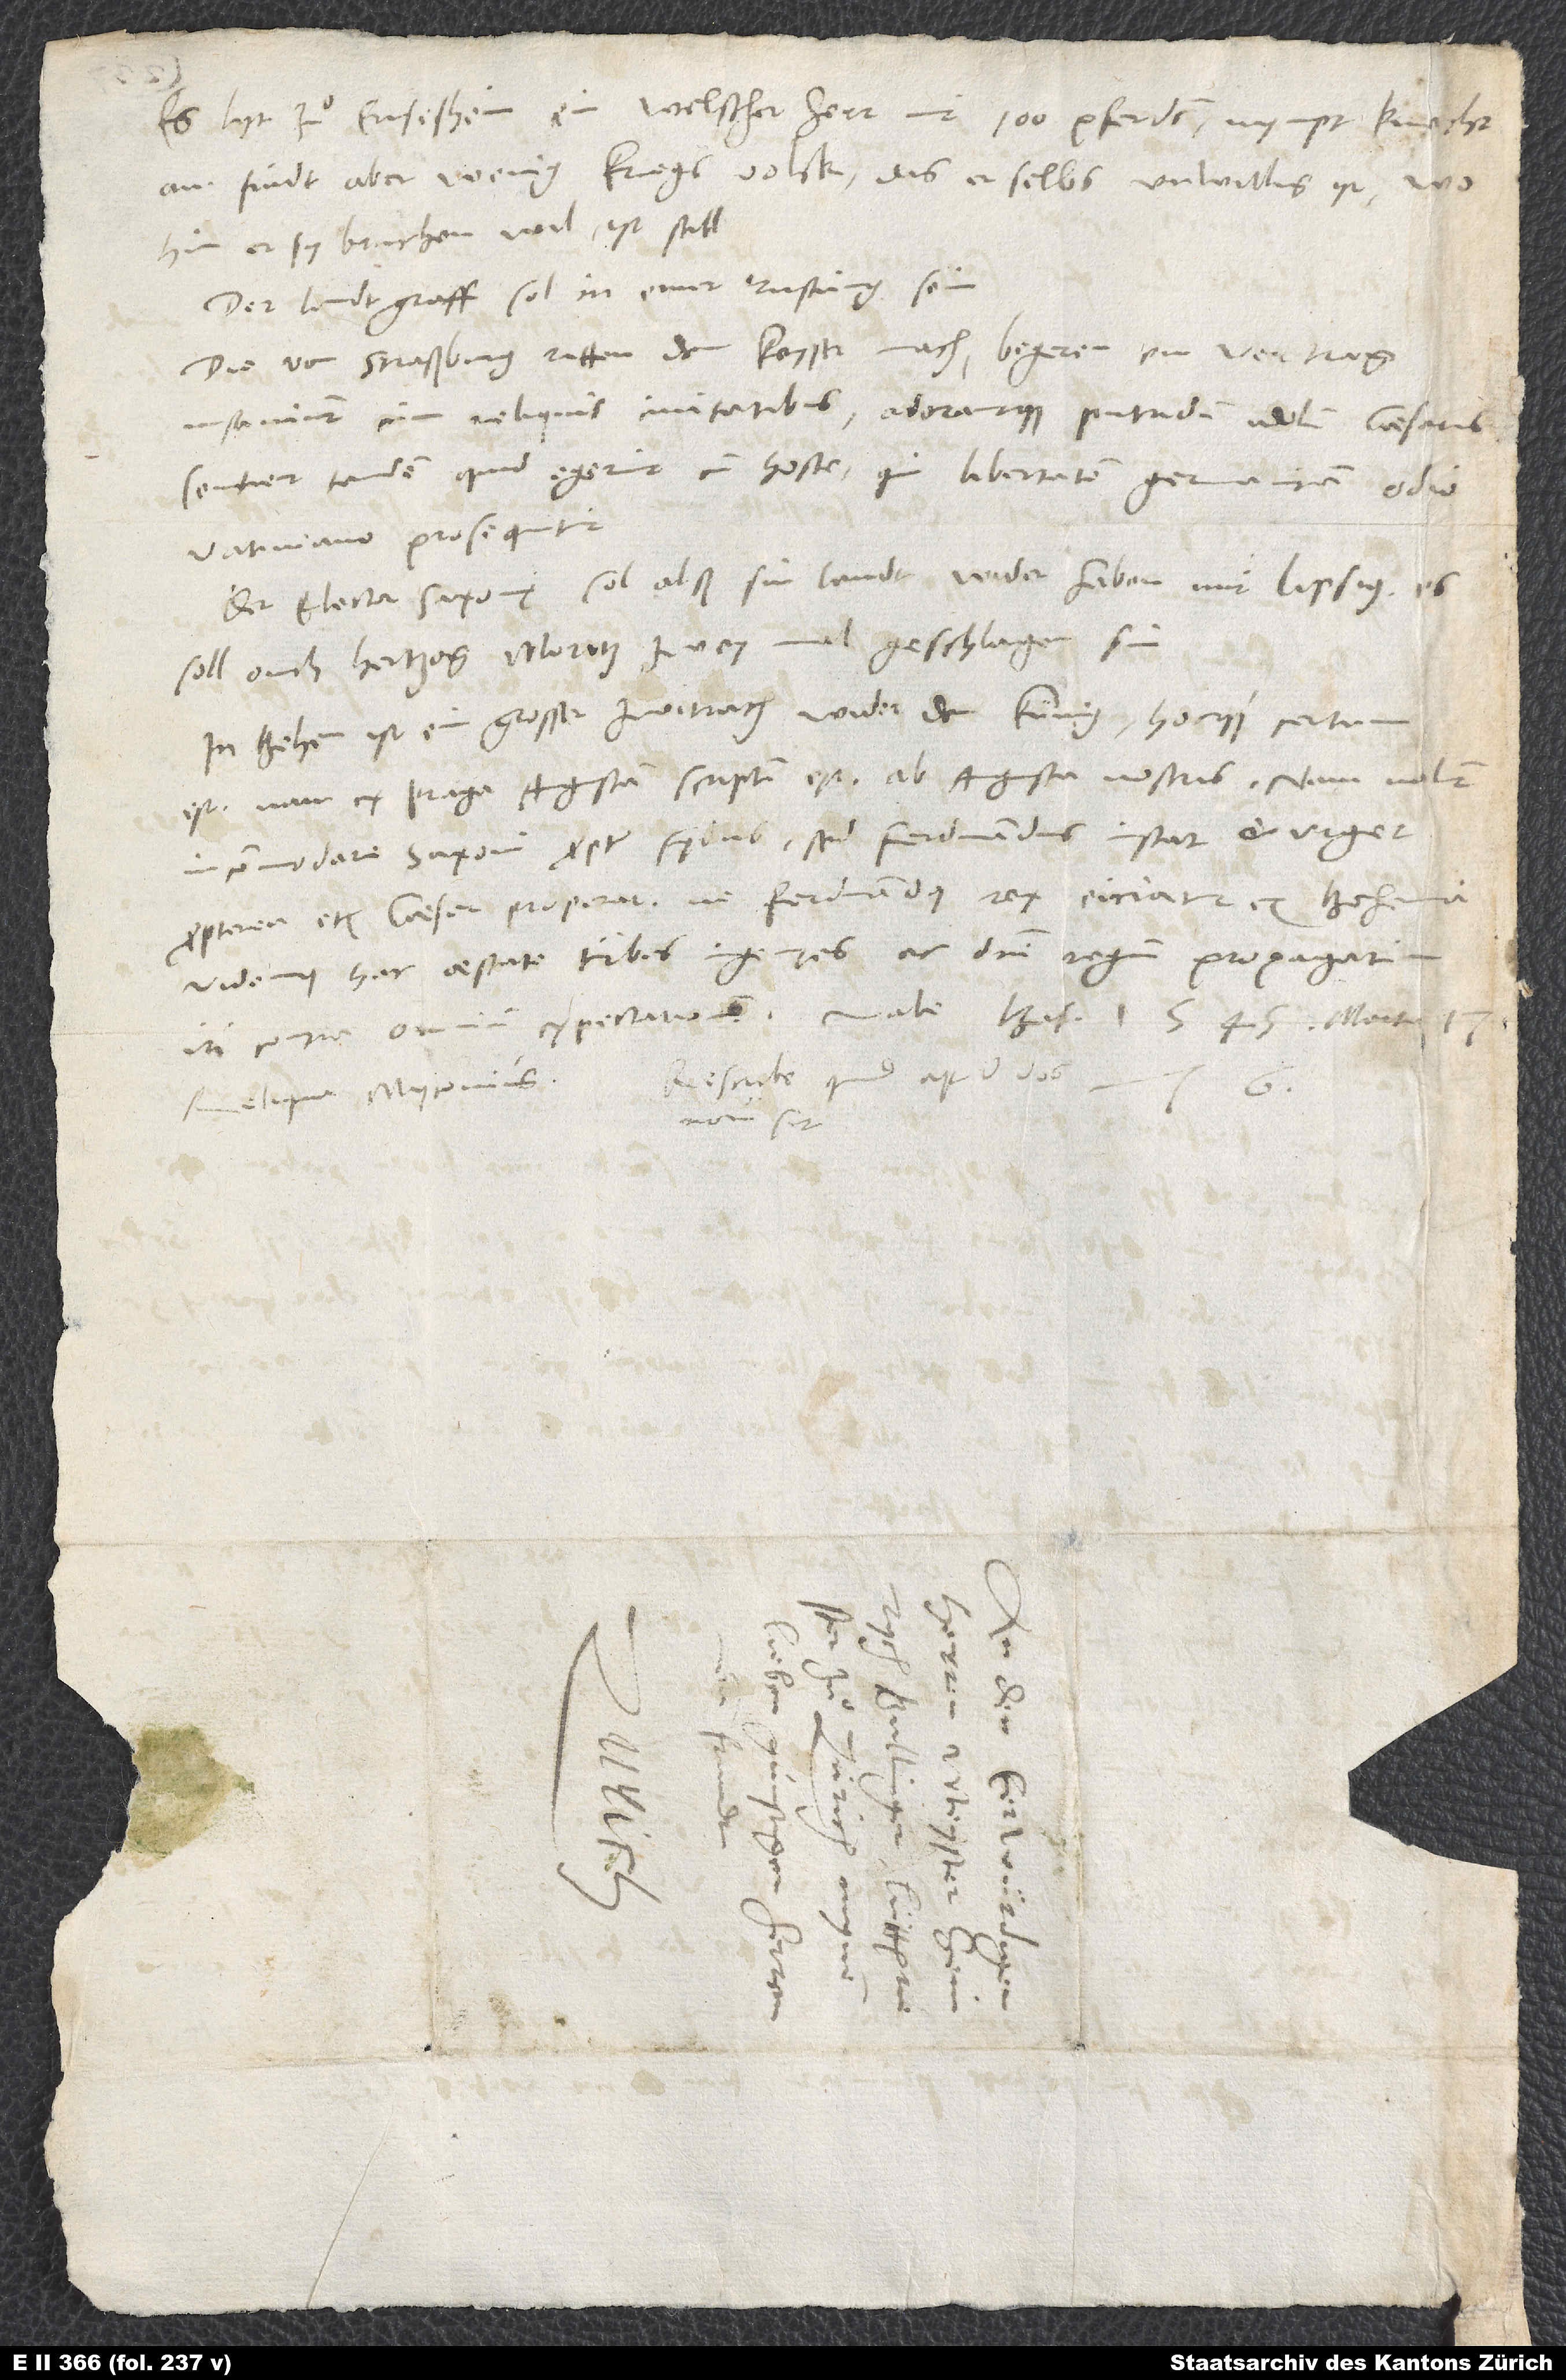
Es lyt zuͦ Ensisheim ein welscher herr mit 100 pferden. Nympt knecht
an. Findt aber wenig kriegsvolck, das er selbs unwillig ist. Wohin
er sy bruchen wil, ist still.
Der landtgraff sol in einer rustüng sein.
Die von Straßburg ritten dem keyser nach. Begeren ein vertrag.
Insaniunt cum reliquis civitatibus adorantque putridum idolum caesaris!
Sentient tandem, quid egerint cum hoste, qui libertatem Germanicam odio
Vatiniano prosequitur.
Der elector Saxonię sol alß sin landt wider haben, mit Lipsig. Es
soll ouch hertzog Moritz zwey mal geschlagen sin.
In Behem ist ein grosser zwitrach wider dem kunig, hocque certum
est. Nam ex Praga Augustam scriptum est; ab Augusta nostris. Nam nolunt
incommodare Saxoni propter fędus; sed Ferdinandus instat et urget.
Propterea et caesar properat, ne Ferdinandus rex eiciatur ex Bohemia.
Videmus hac aestate turbas ingentes ac domini regnum propagatum
iri contra omnium expectationem! Vale. Basileae, 1545, martii 17.
Rescribe, quid apud vos
Reliqua Myconius.
S.